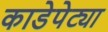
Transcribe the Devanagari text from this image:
काडेपेट्या